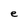
Character: e